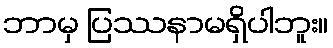
ဘာမှ ပြဿနာမရှိပါဘူး။